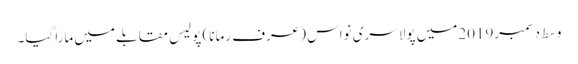
وسط دسمبر2019میں پولا سری نواس (عرف رمانا) پولیس مقابلے میں مارا گیا۔